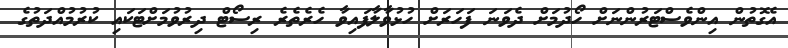
އެގޮތުން އިންވެސްޓަރުންނަށް ހޯދުމަށް ދެވަނަ ފަހަރަށް ހުޅުވާލާފައިވާ ހެރެތެރެ ރިސޯޓް ދިރުވުމަށްޓަކައި ކުރުމުއްދަތުގެ